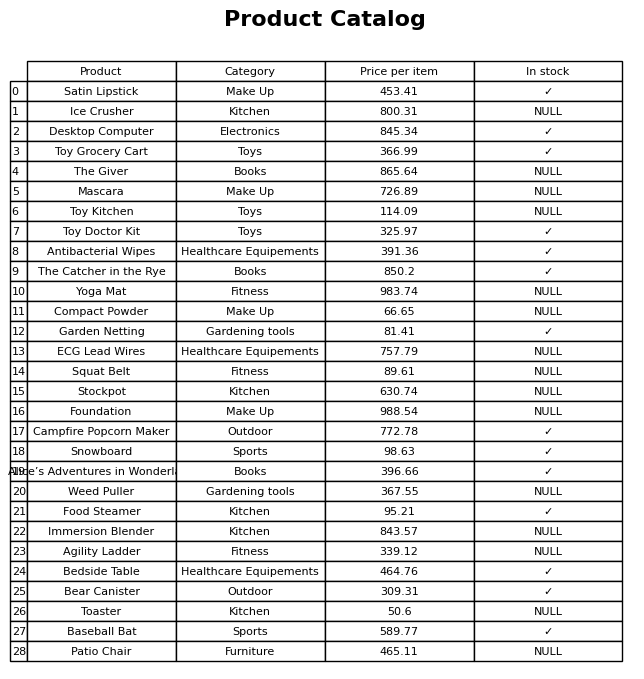
question: What is the price for Patio Chair?
answer: The price of Patio Chair is 465.11.